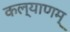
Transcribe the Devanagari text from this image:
कल्‍याणम्